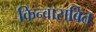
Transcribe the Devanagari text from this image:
किन्वासबित